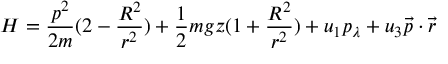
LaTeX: H = { \frac { p ^ { 2 } } { 2 m } } ( 2 - { \frac { R ^ { 2 } } { r ^ { 2 } } } ) + { \frac { 1 } { 2 } } m g z ( 1 + { \frac { R ^ { 2 } } { r ^ { 2 } } } ) + u _ { 1 } p _ { \lambda } + u _ { 3 } { \vec { p } } \cdot { \vec { r } }